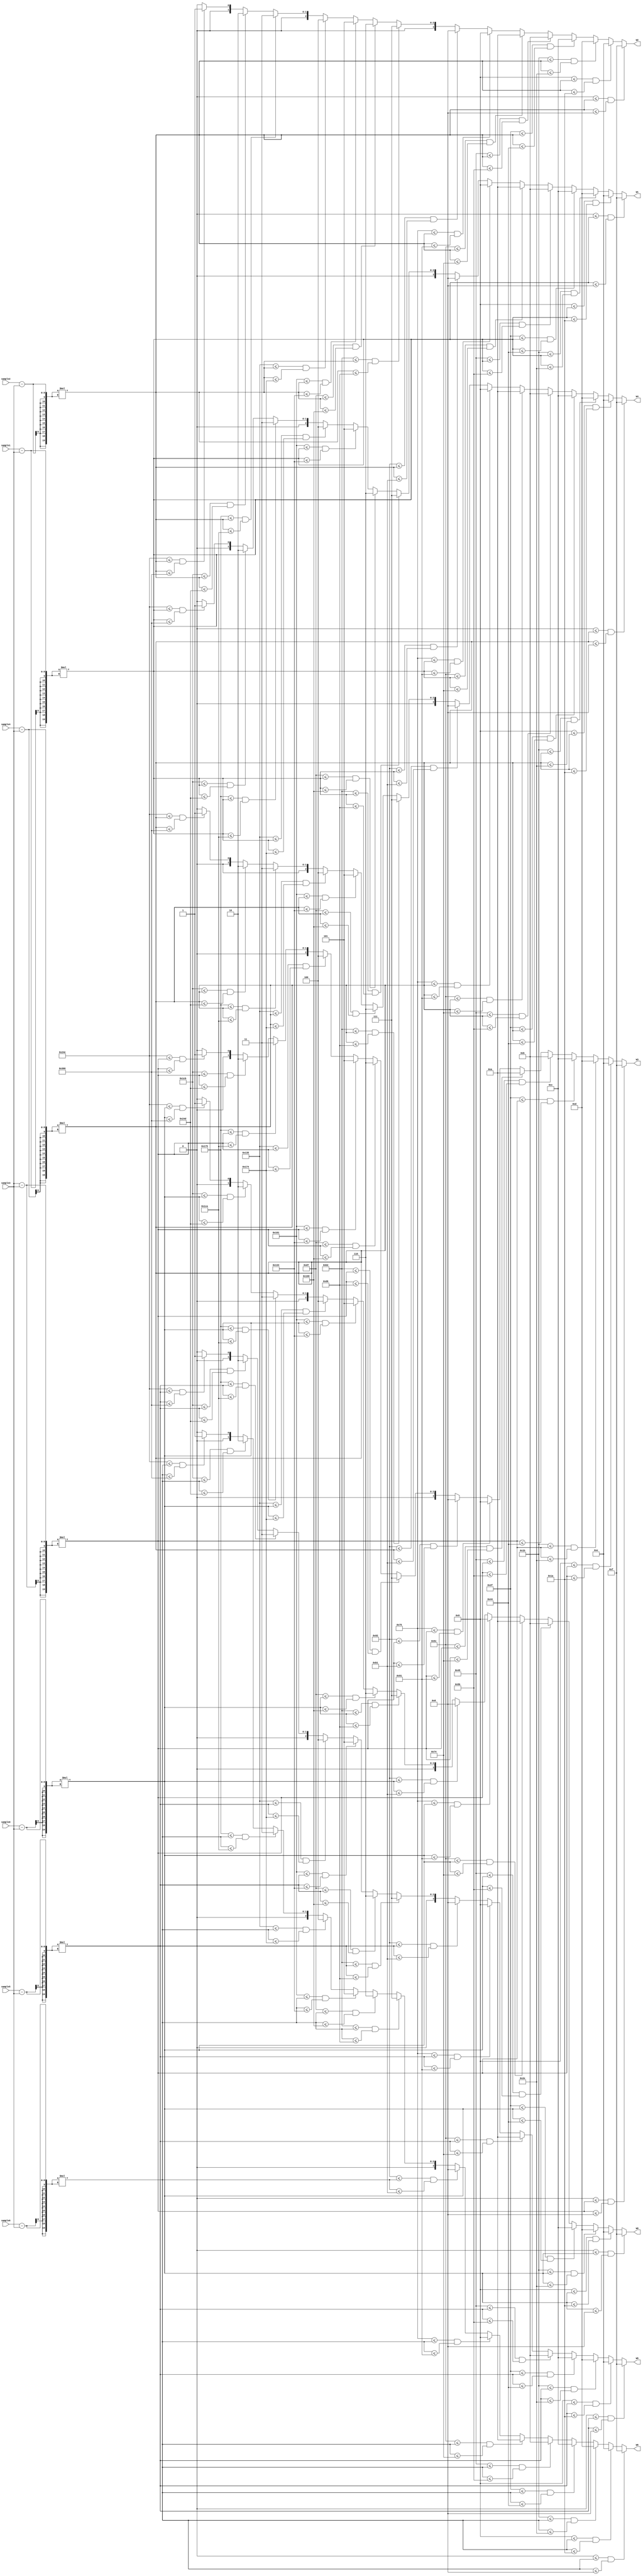
module weight //have to design the sequential circuit because of the storing register
#(parameter ORDER=7, INPUT_DATA_WIDTH=8,OUTPUT_WEIGHT_WIDTH=4,S_WIDTH=20)
(
//input clk,
//input rstn,   
//input [INPUT_DATA_WIDTH-1:0] data_in ,

input [INPUT_DATA_WIDTH-1:0] sample0,
input [INPUT_DATA_WIDTH-1:0] sample1,
input [INPUT_DATA_WIDTH-1:0] sample2,
input [INPUT_DATA_WIDTH-1:0] sample3,
input [INPUT_DATA_WIDTH-1:0] sample4,
input [INPUT_DATA_WIDTH-1:0] sample5,
input [INPUT_DATA_WIDTH-1:0] sample6,
output reg [OUTPUT_WEIGHT_WIDTH-1:0] W0,
output reg [OUTPUT_WEIGHT_WIDTH-1:0] W1,
output reg [OUTPUT_WEIGHT_WIDTH-1:0] W2,
output reg [OUTPUT_WEIGHT_WIDTH-1:0] W3,
output reg [OUTPUT_WEIGHT_WIDTH-1:0] W4,
output reg [OUTPUT_WEIGHT_WIDTH-1:0] W5,
output reg [OUTPUT_WEIGHT_WIDTH-1:0] W6
);

reg [S_WIDTH-1:0] S [ORDER-1:0];
integer k;

wire [INPUT_DATA_WIDTH-1:0] sample [ORDER-1:0];
assign sample[0]=sample0;
assign sample[1]=sample1;
assign sample[2]=sample2;
assign sample[3]=sample3;
assign sample[4]=sample4;
assign sample[5]=sample5;
assign sample[6]=sample6;


reg [OUTPUT_WEIGHT_WIDTH-1:0] W [ORDER-1:0];

always @(*) begin
	W0=W[0];
	W1=W[1];
	W2=W[2];
	W3=W[3];
	W4=W[4];
	W5=W[5];
	W6=W[6];


end

always@(*) begin
	/*
	if(rstn==0) begin

	  for(k=0;k<ORDER;k=k+1)
		sample[k]<=0;

	end
	
	else begin
	
	  sample[0]<=data_in;
	  for(i=1;i<ORDER;i=i+1)
		sample[i]<=sample[i-1];
    */

	  for(k=0;k<ORDER;k=k+1) begin
		S[k]=(sample[k]-sample[3])*(sample[k]-sample[3]);
		
		
			 if (  0<=S[k] && S[k]<=8)   W[k]=15;
		else if (  9<=S[k] && S[k]<=26)  W[k]=14;
		else if ( 27<=S[k] && S[k]<=46)  W[k]=13;
		else if ( 47<=S[k] && S[k]<=68)  W[k]=12;
		else if ( 69<=S[k] && S[k]<=91)  W[k]=11;
		else if ( 92<=S[k] && S[k]<=116) W[k]=10;
		else if (117<=S[k] && S[k]<=145) W[k]=9;
		else if (146<=S[k] && S[k]<=177) W[k]=8;
		else if (178<=S[k] && S[k]<=214) W[k]=7;	
		else if (215<=S[k] && S[k]<=256) W[k]=6;
		else if (257<=S[k] && S[k]<=308) W[k]=5;	
		else if (309<=S[k] && S[k]<=372) W[k]=4;	
		else if (373<=S[k] && S[k]<=458) W[k]=3;	
		else if (459<=S[k] && S[k]<=589) W[k]=2;	
		else if (590<=S[k] && S[k]<=870) W[k]=1;
		else 							 W[k]=0;			
	  end

	
end
endmodule